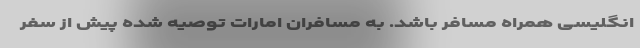
انگلیسی همراه مسافر باشد. به مسافران امارات توصیه شده پیش از سفر